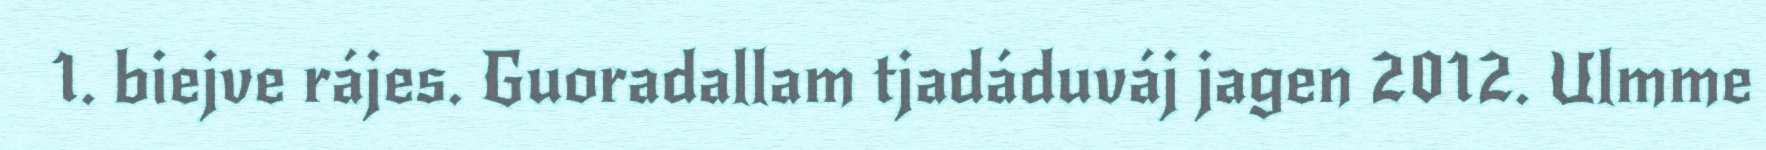
1. biejve rájes. Guoradallam tjadáduváj jagen 2012. Ulmme